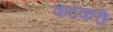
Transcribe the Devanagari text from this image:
कटकरी